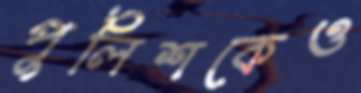
পুলিশকেও